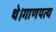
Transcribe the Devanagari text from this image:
थे।गाणपत्य